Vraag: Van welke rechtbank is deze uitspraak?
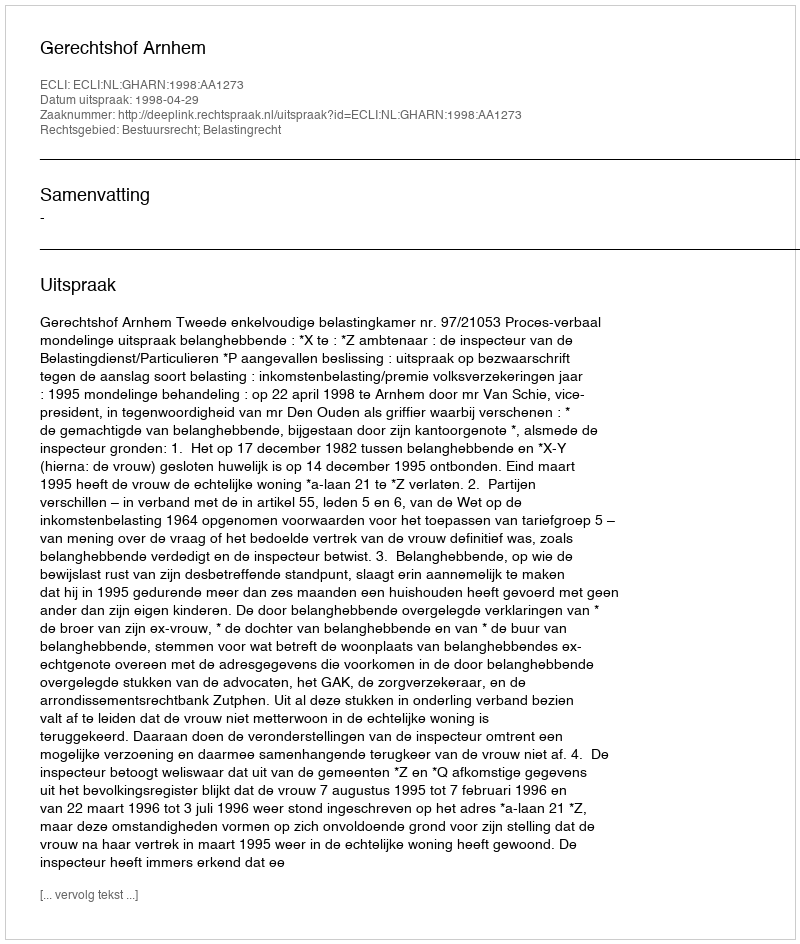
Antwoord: Gerechtshof Arnhem